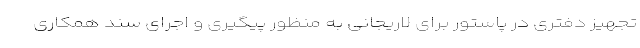
تجهیز دفتری در پاستور برای لاریجانی به منظور پیگیری و اجرای سند همکاری